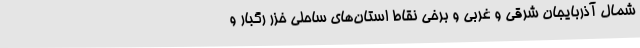
شمال آذربایجان شرقی و غربی و برخی نقاط استان‌های ساحلی خزر رگبار و